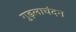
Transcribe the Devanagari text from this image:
गुड़लाचंदन